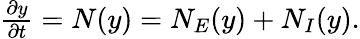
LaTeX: \begin{array}{r}{\frac{\partial y}{\partial t}=N(y)=N_{E}(y)+N_{I}(y).}\end{array}